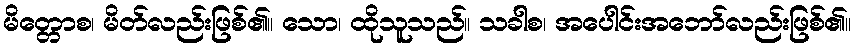
မိတ္တောစ၊ မိတ်လည်းဖြစ်၏။ သော၊ ထိုသူသည်။ သခါစ၊ အပေါင်းအဘော်လည်းဖြစ်၏။